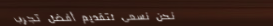
نحن نسعى لتقديم أفضل تجرب